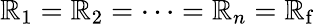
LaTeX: \mathbb{R}_{1}=\mathbb{R}_{2}=\cdots=\mathbb{R}_{n}=\mathbb{R}_{\mathrm{{f}}}